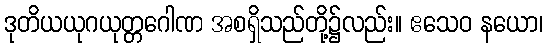
ဒုတိယယုဂယုတ္တဂေါဏ အစရှိသည်တို့၌လည်း။ ဧသေဝ နယော၊